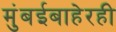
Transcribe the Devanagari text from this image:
मुंबईबाहेरही